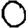
Digit: 0